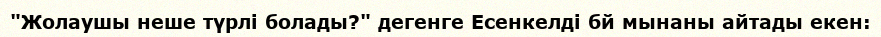
"Жолаушы неше түрлі болады?" дегенге Есенкелді бй мынаны айтады екен: